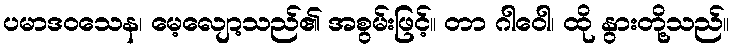
ပမာဒဝသေန၊ မေ့လျော့သည်၏ အစွမ်းဖြင့်။ တာ ဂါဝေါ၊ ထို နွားတို့သည်။